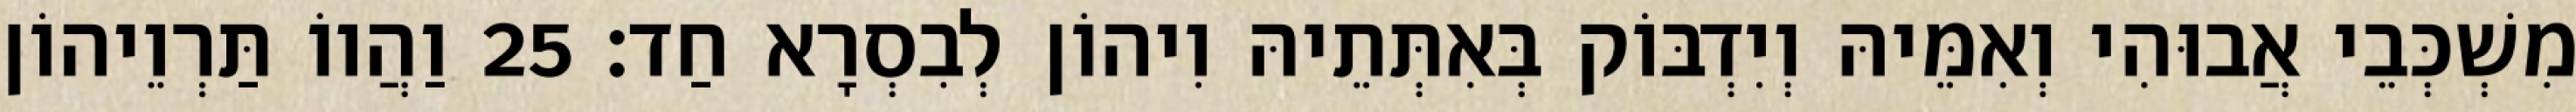
מִשְׁכְּבֵי אֲבוּהִי וְאִמֵּיהּ וְיִדְבּוֹק בְּאִתְּתֵיהּ וִיהוֹן לְבִסְרָא חַד׃ 25 וַהֲווֹ תַּרְוֵיהוֹן